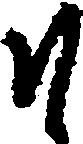
そ